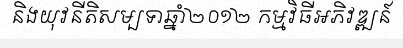
និងយុវនីតិសម្បទាឆ្នាំ២០១២ កម្មវិធីអភិវឌ្ឍន៍